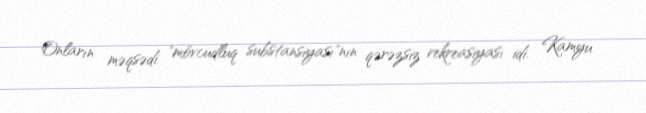
Onların məqsədi "mövcudluq substansiyası"nın qərəzsiz rekreasiyası idi. Kamyu